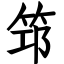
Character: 筇